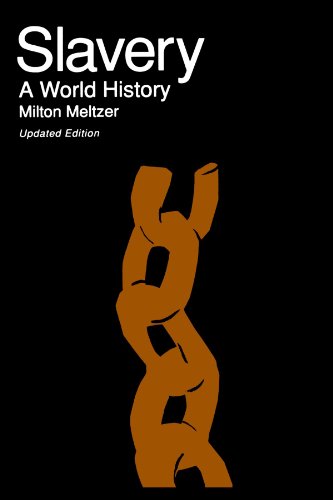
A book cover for Slavery: A World History; Milton Meltzer; History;